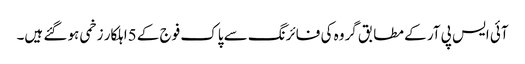
آئی ایس پی آر کے مطابق گروہ کی فائرنگ سے پاک فوج کے 5اہلکار زخمی ہو گئے ہیں۔